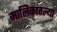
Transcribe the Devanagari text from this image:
मालिकांतल्या